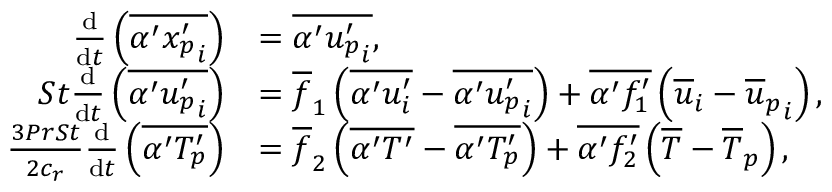
\begin{array} { r l } { \frac { \mathrm { d } } { \mathrm { d } t } \left( \overline { { \alpha ^ { \prime } { x _ { p } ^ { \prime } } _ { i } } } \right) } & { = \overline { { \alpha ^ { \prime } { u _ { p } ^ { \prime } } _ { i } } } , } \\ { S t \frac { \mathrm { d } } { \mathrm { d } t } \left( \overline { { \alpha ^ { \prime } { u _ { p } ^ { \prime } } _ { i } } } \right) } & { = \overline { { f } } _ { 1 } \left( \overline { { \alpha ^ { \prime } u _ { i } ^ { \prime } } } - \overline { { \alpha ^ { \prime } { u _ { p } ^ { \prime } } _ { i } } } \right) + \overline { { \alpha ^ { \prime } f _ { 1 } ^ { \prime } } } \left( \overline { { u } } _ { i } - { \overline { { u } } _ { p } } _ { i } \right) , } \\ { \frac { 3 P r S t } { 2 c _ { r } } \frac { \mathrm { d } } { \mathrm { d } t } \left( \overline { { \alpha ^ { \prime } { T _ { p } ^ { \prime } } } } \right) } & { = \overline { { f } } _ { 2 } \left( \overline { { \alpha ^ { \prime } T ^ { \prime } } } - \overline { { \alpha ^ { \prime } { T _ { p } ^ { \prime } } } } \right) + \overline { { \alpha ^ { \prime } f _ { 2 } ^ { \prime } } } \left( \overline { { T } } - { \overline { { T } } _ { p } } \right) , } \end{array}